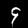
Digit: 9